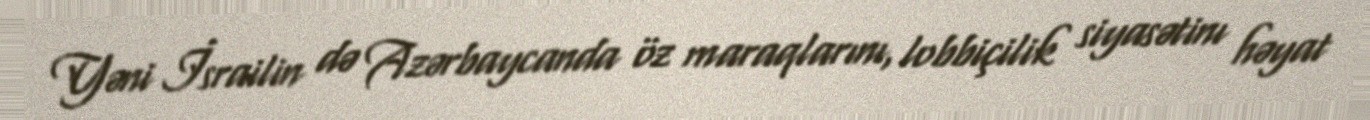
Yəni İsrailin də Azərbaycanda öz maraqlarını, lobbiçilik siyasətinı həyat